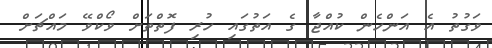
ވަގުތު އެ އަންހެން ކުއްޖާ ގެ އަތުގައި ހުރި ފޮތްތަށް ވޯކްވޭ މައްޗަށް